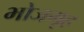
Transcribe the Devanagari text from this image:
भोजगृह